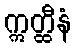
ဣတ္ထီနံ